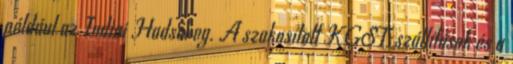
például az Indiai Hadsereg. A szakosított KGST-szállítások és a